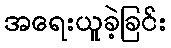
အရေးယူခဲ့ခြင်း